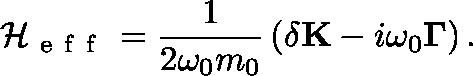
\mathcal { H } _ { \mathrm { ~ e ~ f ~ f ~ } } = \frac { { 1 } } { { 2 { \omega _ { 0 } } m _ { 0 } } } \left( { \delta \mathbf { K } - i \omega _ { 0 } \mathbf { \Gamma } } \right) .